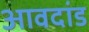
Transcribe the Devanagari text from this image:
आवदांड